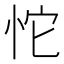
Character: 𰑏